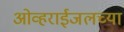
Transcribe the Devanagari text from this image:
ओव्हराईजलच्या